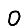
Digit: 0